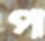
পা